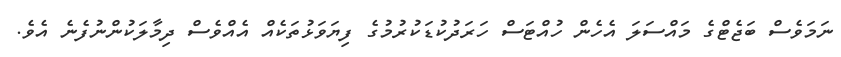
ނަމަވެސް ބަޖެޓްގެ މައްސަލަ އެހެން ހުއްޓަސް ހަރަދުކުޑަކުރުމުގެ ފިޔަވަޅުތަކެއް އެއްވެސް ދިމާލަކުންނުފެނެ އެވެ.